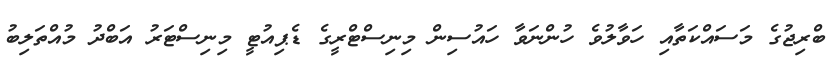
ބްރިޖުގެ މަސައްކަތާއި ހަވާލުވެ ހުންނަވާ ހައުސިން މިނިސްޓްރީގެ ޑެޕިއުޓީ މިނިސްޓަރު އަބްދު މުއްތަލިބު